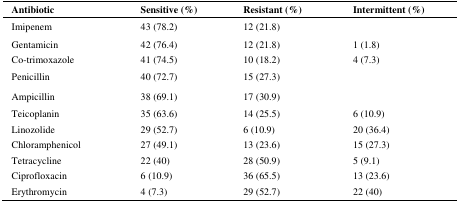
<table><thead><tr><td><b>Antibiotic</b></td><td><b>Sensitive (%)</b></td><td><b>Resistant (%)</b></td><td><b>Intermittent (%)</b></td></tr></thead><tbody><tr><td>Imipenem</td><td>43 (78.2)</td><td>12 (21.8)</td><td></td></tr><tr><td>Gentamicin</td><td>42 (76.4)</td><td>12 (21.8)</td><td>1 (1.8)</td></tr><tr><td>Co-trimoxazole</td><td>41 (74.5)</td><td>10 (18.2)</td><td>4 (7.3)</td></tr><tr><td>Penicillin</td><td>40 (72.7)</td><td>15 (27.3)</td><td></td></tr><tr><td>Ampicillin</td><td>38 (69.1)</td><td>17 (30.9)</td><td></td></tr><tr><td>Teicoplanin</td><td>35 (63.6)</td><td>14 (25.5)</td><td>6 (10.9)</td></tr><tr><td>Linozolide</td><td>29 (52.7)</td><td>6 (10.9)</td><td>20 (36.4)</td></tr><tr><td>Chloramphenicol</td><td>27 (49.1)</td><td>13 (23.6)</td><td>15 (27.3)</td></tr><tr><td>Tetracycline</td><td>22 (40)</td><td>28 (50.9)</td><td>5 (9.1)</td></tr><tr><td>Ciprofloxacin</td><td>6 (10.9)</td><td>36 (65.5)</td><td>13 (23.6)</td></tr><tr><td>Erythromycin</td><td>4 (7.3)</td><td>29 (52.7)</td><td>22 (40)</td></tr></tbody></table>